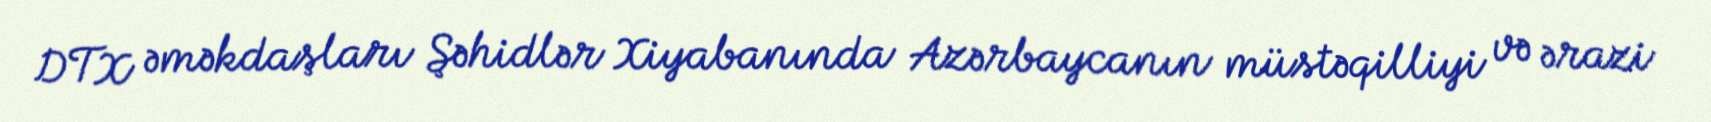
DTX əməkdaşları Şəhidlər Xiyabanında Azərbaycanın müstəqilliyi və ərazi